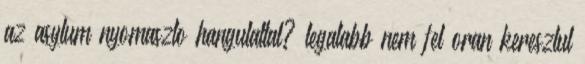
az asylum nyomaszto hangulattal? legalabb nem fel oran keresztul